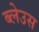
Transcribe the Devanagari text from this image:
ब्लेउस